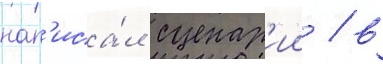
нап'иса́л сценар'ии / в